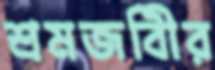
শ্রমজবিীর